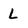
Character: L